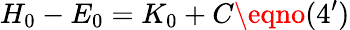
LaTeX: H_{0}-E_{0}=K_{0}+C\eqno(4^{\prime})